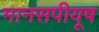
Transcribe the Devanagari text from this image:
मानसपीयूष